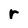
Character: r